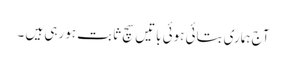
آج ہماری بتائی ہوئی باتیں سچ ثابت ہورہی ہیں ۔